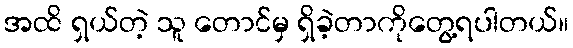
အထိ ရှယ်တဲ့ သူ တောင်မှ ရှိခဲ့တာကိုတွေ့ရပါတယ်။